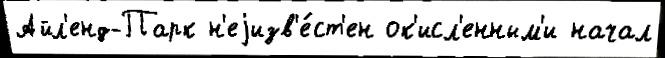
Айл'енд-Парк н'еjизв'е́ст'ен ок'исл'енным'и начал